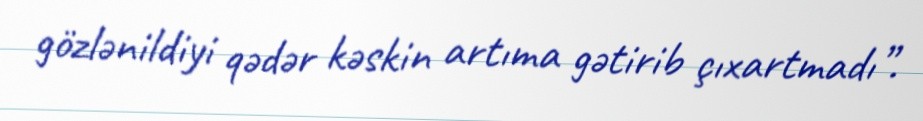
gözlənildiyi qədər kəskin artıma gətirib çıxartmadı”.